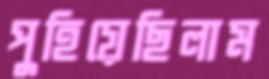
পুহিয়েছিলাম